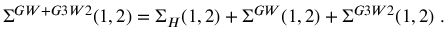
\Sigma ^ { G W + G 3 W 2 } ( 1 , 2 ) = \Sigma _ { H } ( 1 , 2 ) + \Sigma ^ { G W } ( 1 , 2 ) + \Sigma ^ { G 3 W 2 } ( 1 , 2 ) \; .